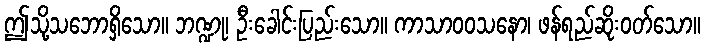
ဤသို့သဘောရှိသော။ ဘဏ္ဍု၊ ဦးခေါင်းပြည်းသော။ ကာသာဝဝသနော၊ ဖန်ရည်ဆိုးဝတ်သော။